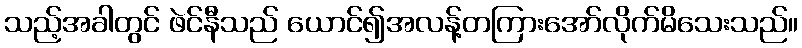
သည့်အခါတွင် ဖဲင်နီသည် ယောင်၍အလန့်တကြားအော်လိုက်မိသေးသည်။